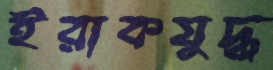
ইরাকযুদ্ধ